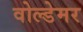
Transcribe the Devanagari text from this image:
वोल्डेमर